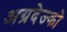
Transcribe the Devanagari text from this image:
अग्रदेज्को